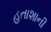
હતાશાની